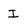
Character: I